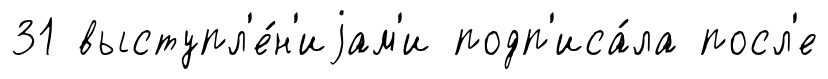
31 выступл'е́н'иjам'и подп'иса́ла посл'е